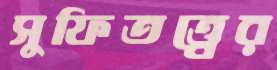
সুফিতত্ত্বের